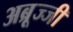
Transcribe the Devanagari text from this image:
अब्रूज्जी